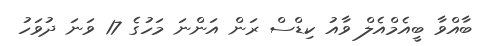
ބާއްވާ ބީއެމްއެލް ވާއު ކިޑްސް ރަން އަންނަ މަހުގެ 17 ވަނަ ދުވަހު